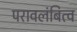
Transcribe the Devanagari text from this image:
परावलंबित्व